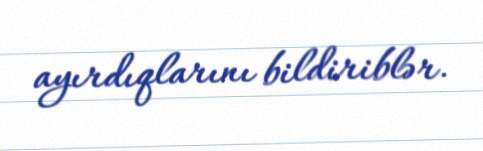
ayırdıqlarını bildiriblər.